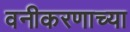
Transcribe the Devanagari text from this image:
वनीकरणाच्या